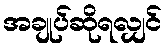
အချုပ်ဆိုရလျှင်